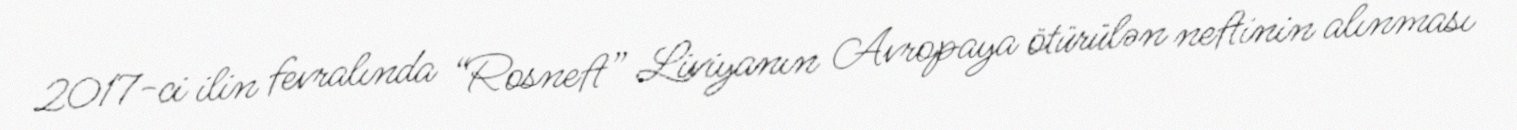
2017-ci ilin fevralında “Rosneft” Liviyanın Avropaya ötürülən neftinin alınması